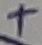
Text: +